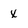
Character: x